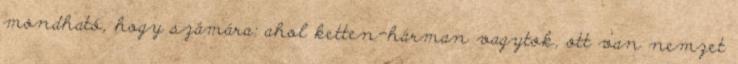
mondható, hogy számára: ahol ketten-hárman vagytok, ott van nemzet